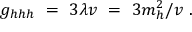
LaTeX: g _ { h h h } \ = \ 3 \lambda v \ = \ 3 m _ { h } ^ { 2 } / v \ .